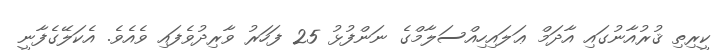
ކީރިތި ޤުރުއާނުގައި އާދަމް ޢަލައިހިއްސަލާމްގެ ނަންފުޅު 25 ފަހަރު ވާރިދުވެފައި ވެއެވެ. އެކަލޭގެފާނީ